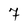
Character: 7